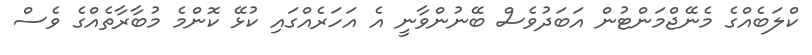
ކްލަބެއްގެ މެނޭޖްމަންޓުން އަބަދުވެސް ބޭނުންވާނީ އެ އަހަރެއްގައި ކުޅޭ ކޮންމެ މުބާރާތެއްގެ ވެސް